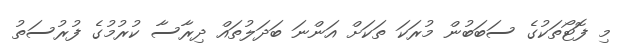
މި ފޮޓޯތަކުގެ ސަބަބުން މުރަކަ ތަކަށް އަންނަ ބަދަލުތައް ދިރާސާ ކުރުމުގެ ފުރުސަތު